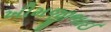
ખીમજીભાઈ